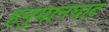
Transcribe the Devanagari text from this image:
हनुमानघाट